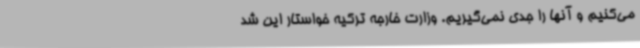
می‌کنیم و آنها را جدی نمی‌گیریم. وزارت خارجه ترکیه خواستار این شد